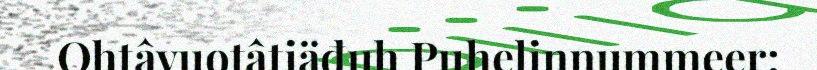
Ohtâvuotâtiäđuh Puhelinnummeer: